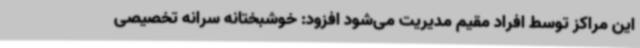
این مراکز توسط افراد مقیم مدیریت می‌شود افزود: خوشبختانه سرانه تخصیصی